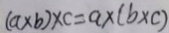
( a \times b ) \times c = a \times ( b \times c )